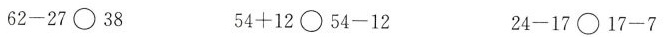
$$6 2 - 2 7 \circ 3 8$$ $$5 4 + 1 2 \circ 5 4 - 1 2$$ $$2 4 - 1 7 \circ 1 7 - 7$$